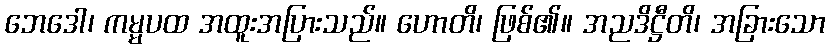
ဘေဒေါ၊ ကမ္မပထ အထူးအပြားသည်။ ဟောတိ၊ ဖြစ်၏။ အညဒိဋ္ဌီတိ၊ အခြားသော